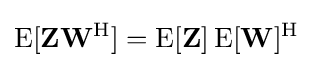
\operatorname {E} [\mathbf {Z} \mathbf {W} ^{\rm {H}}]=\operatorname {E} [\mathbf {Z} ]\operatorname {E} [\mathbf {W} ]^{\rm {H}}